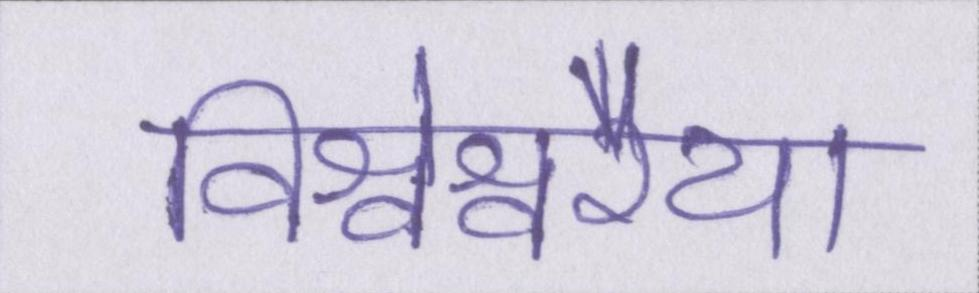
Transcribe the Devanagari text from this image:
विश्वेश्वरैया